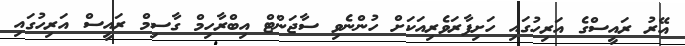
އޭރު ރައީސްގެ އަރިހުގައި ހަށިފާރަވެރިއަކަށް ހުންނެވި ސާޖަންޓް އިބްރާހިމް ގާސިމް ރައީސް އަރިހުގައި